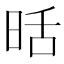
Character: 𭥹